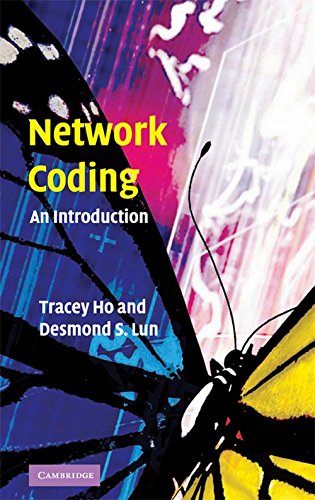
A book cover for Network Coding: An Introduction; Tracey Ho; Computers & Technology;